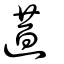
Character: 逪